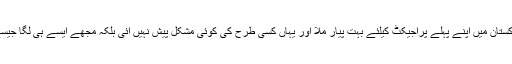
سارہ خان نے کراچی پہنچنے پر اپنے ایک انٹرویو میں کہا کہ مجھے پاکستان میں اپنے پہلے پراجیکٹ کیلئے بہت پیار ملا اور یہاں کسی طرح کی کوئی مشکل پیش نہیں آئی بلکہ مجھے ایسے ہی لگا جیسے میں ممبئی میں کام کر رہی ہوں کیونکہ سب نے میرا بہت خیال رکھا۔